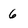
Character: 6